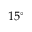
1 5 ^ { \circ }